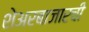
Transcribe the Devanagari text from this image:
शेअरबाजारची